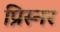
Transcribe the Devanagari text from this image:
प्रिस्नर